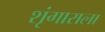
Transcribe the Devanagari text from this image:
शृंगाराला